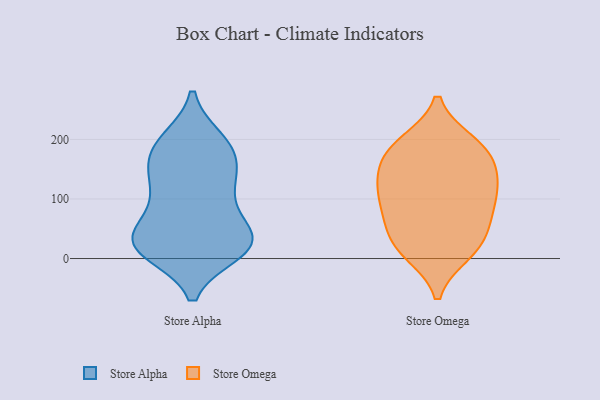
{"axis": {"x": "Satisfaction Score", "y": "Value"}, "legend": ["Store Alpha", "Store Omega"], "data": [{"x": "", "y": 49, "type": "Store Alpha"}, {"x": "", "y": 125, "type": "Store Alpha"}, {"x": "", "y": 19, "type": "Store Alpha"}, {"x": "", "y": 19, "type": "Store Alpha"}, {"x": "", "y": 30, "type": "Store Alpha"}, {"x": "", "y": 150, "type": "Store Alpha"}, {"x": "", "y": 12, "type": "Store Alpha"}, {"x": "", "y": 22, "type": "Store Alpha"}, {"x": "", "y": 168, "type": "Store Alpha"}, {"x": "", "y": 198, "type": "Store Alpha"}, {"x": "", "y": 27, "type": "Store Alpha"}, {"x": "", "y": 25, "type": "Store Alpha"}, {"x": "", "y": 192, "type": "Store Alpha"}, {"x": "", "y": 195, "type": "Store Alpha"}, {"x": "", "y": 118, "type": "Store Alpha"}, {"x": "", "y": 107, "type": "Store Alpha"}, {"x": "", "y": 168, "type": "Store Alpha"}, {"x": "", "y": 83, "type": "Store Alpha"}, {"x": "", "y": 36, "type": "Store Alpha"}, {"x": "", "y": 136, "type": "Store Omega"}, {"x": "", "y": 83, "type": "Store Omega"}, {"x": "", "y": 182, "type": "Store Omega"}, {"x": "", "y": 104, "type": "Store Omega"}, {"x": "", "y": 80, "type": "Store Omega"}, {"x": "", "y": 194, "type": "Store Omega"}, {"x": "", "y": 17, "type": "Store Omega"}, {"x": "", "y": 62, "type": "Store Omega"}, {"x": "", "y": 18, "type": "Store Omega"}, {"x": "", "y": 149, "type": "Store Omega"}, {"x": "", "y": 40, "type": "Store Omega"}, {"x": "", "y": 10, "type": "Store Omega"}, {"x": "", "y": 186, "type": "Store Omega"}, {"x": "", "y": 121, "type": "Store Omega"}, {"x": "", "y": 125, "type": "Store Omega"}, {"x": "", "y": 182, "type": "Store Omega"}]}